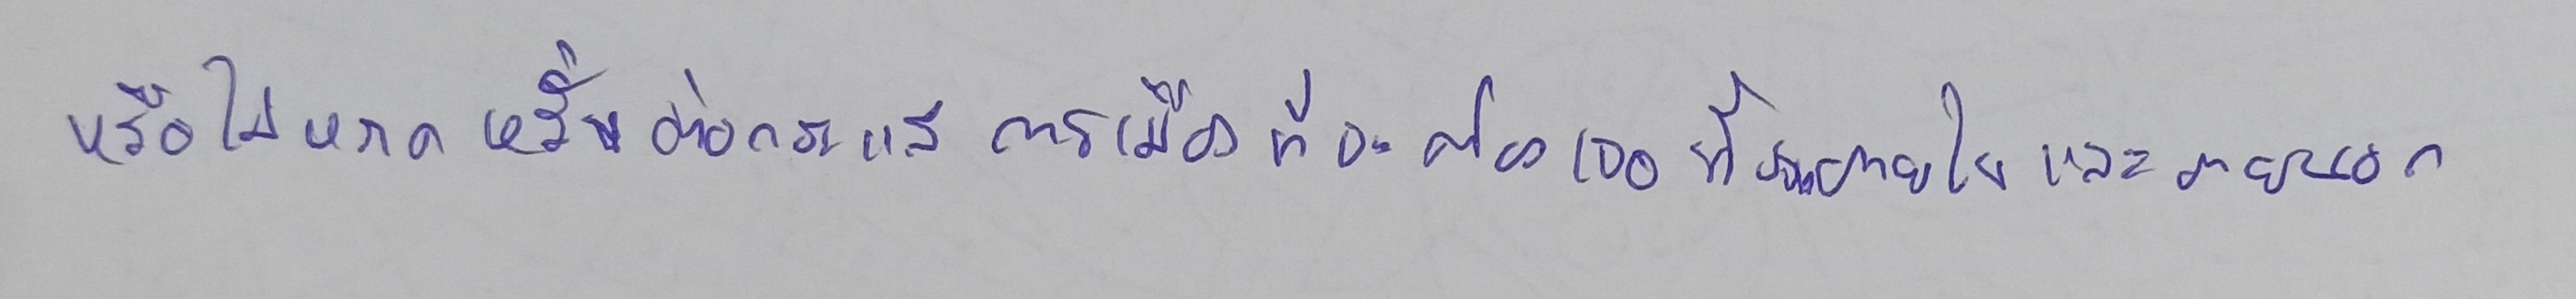
หรือไม่หวาดหวั่นต่อกระแสการเมืองที่จะต้องเจอทั้งจากภายในและภายนอก